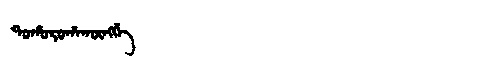
Manchu: ᡨᠣᡥᠣᡵᠣᡥᠠᡴᡡᠩᡤᡝ
Romanization: TOHOROHAKŪNGGE